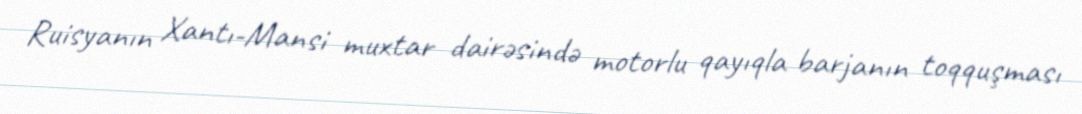
Ruisyanın Xantı-Mansi muxtar dairəsində motorlu qayıqla barjanın toqquşması